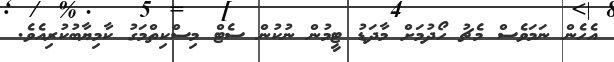
އެހެން ނަމަވެސް މެޗު ހޯދުމަށް މާދަޑު ޓީމުން ނުކުން ސެޓް މިސްކިތްމަގު ކާމިޔާބުކުރިއެވެ.